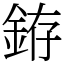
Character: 銌